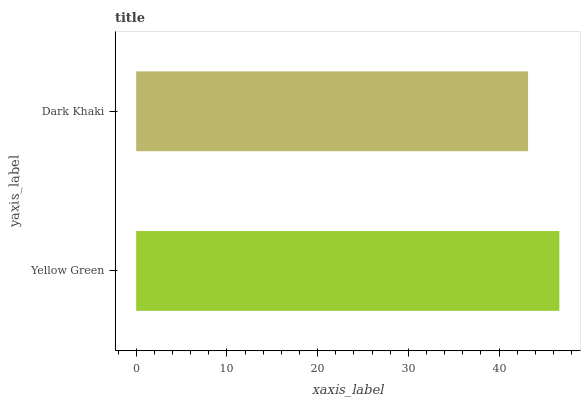
| yaxis_label | bars |
 | --- | --- |
 | Yellow Green | 46.6 |
 | Dark Khaki | 43.2 |